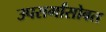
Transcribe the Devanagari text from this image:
उपसर्गांसोबत